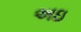
અઇ